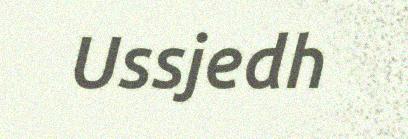
Ussjedh